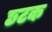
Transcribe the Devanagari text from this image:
छटक